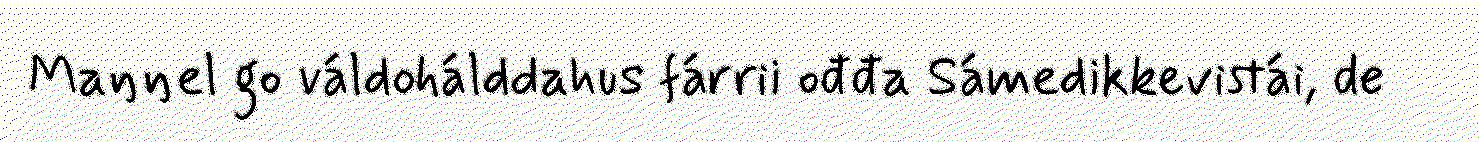
Maŋŋel go váldohálddahus fárrii ođđa Sámedikkevistái, de